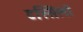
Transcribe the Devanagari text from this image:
टस्सिलो